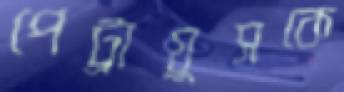
পেট্রায়ুসকে